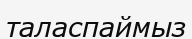
таласпаймыз